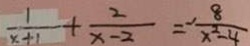
\frac { 1 } { x + 1 } + \frac { 2 } { x - 2 } = - \frac { 8 } { x ^ { 2 } - 4 }